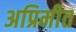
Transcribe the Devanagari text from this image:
अप्रिमीत